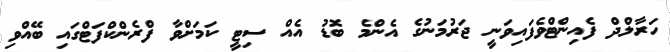
ހަރާލްދް ފެއިންޓްވެފައިވަނީ ޖަރުމަނުގެ އެންމެ ބޮޑު އެއް ސިޓީ ކަމަށްވާ ފްރެންކްފަޓްގައި ބޭއްވި